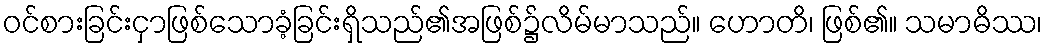
ဝင်စားခြင်းငှာဖြစ်သောခံ့ခြင်းရှိသည်၏အဖြစ်၌လိမ်မာသည်။ ဟောတိ၊ ဖြစ်၏။ သမာဓိဿ၊